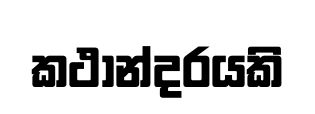
කථාන්දරයකි